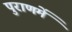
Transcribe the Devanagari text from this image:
पुराणमें